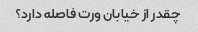
چقدر از خیابان ورت فاصله دارد؟